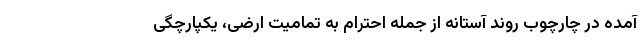
آمده در چارچوب روند آستانه از جمله احترام به تمامیت ارضی، یکپارچگی